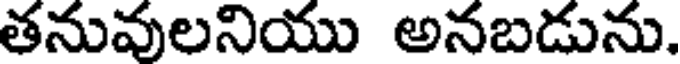
తనువులనియు అనబడును.